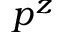
p ^ { z }